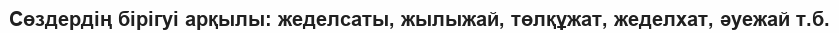
Сөздердің бірігуі арқылы: жеделсаты, жылыжай, төлқұжат, жеделхат, әуежай т.б.